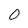
Character: 0